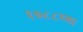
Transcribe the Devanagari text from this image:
१७८८च्या